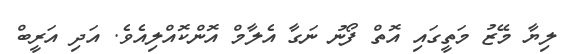
ލިޔާ މޭޒު މަތީގައި އޮތް ފޯނު ނަގާ އެލާމް އޮންކޮއްލިއެވެ. އަދި އަރީބް